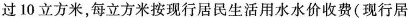
过10立方米，每立方米按现行居民生活用水水价收费(现行